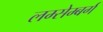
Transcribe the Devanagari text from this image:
लम्सेम्बर्ग